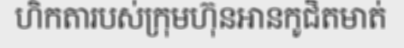
ហិកតារបស់ក្រុមហ៊ុនអានកូជិតមាត់